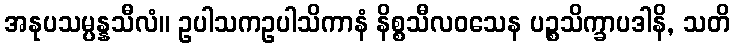
အနုပသမ္ပန္နသီလံ။ ဥပါသကဥပါသိကာနံ နိစ္စသီလဝသေန ပဉ္စသိက္ခာပဒါနိ, သတိ